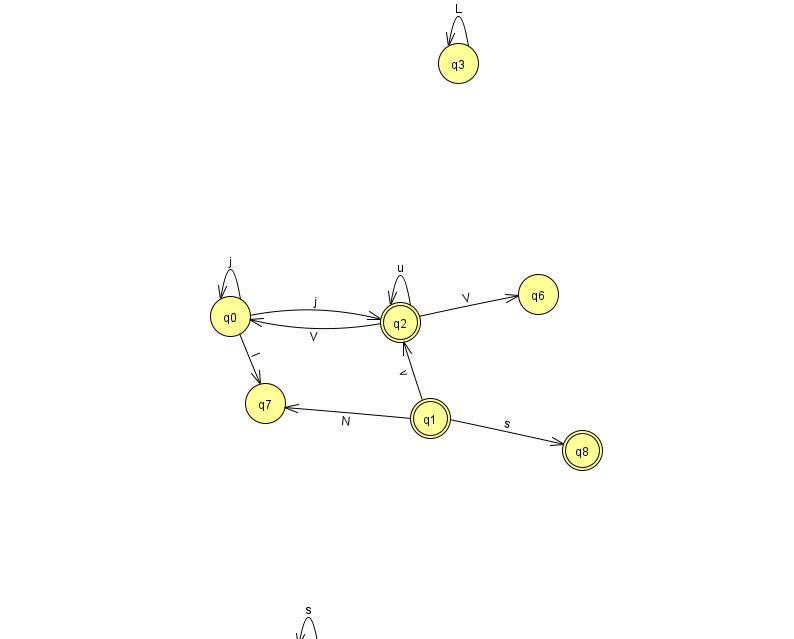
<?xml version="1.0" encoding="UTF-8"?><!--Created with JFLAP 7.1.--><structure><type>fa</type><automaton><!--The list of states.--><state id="0" name="q0"><x>230.0</x><y>303.0</y></state><state id="1" name="q1"><x>430.0</x><y>405.0</y><final/></state><state id="2" name="q2"><x>400.0</x><y>309.0</y><final/></state><state id="3" name="q3"><x>458.0</x><y>50.0</y></state><state id="4" name="q4"><x>308.0</x><y>651.0</y><initial/></state><state id="6" name="q6"><x>538.0</x><y>281.0</y></state><state id="7" name="q7"><x>265.0</x><y>390.0</y></state><state id="8" name="q8"><x>582.0</x><y>437.0</y><final/></state><!--The list of transitions.--><transition><from>1</from><to>7</to><read>N</read></transition><transition><from>4</from><to>4</to><read>s</read></transition><transition><from>0</from><to>7</to><read>l</read></transition><transition><from>1</from><to>8</to><read>s</read></transition><transition><from>2</from><to>2</to><read>u</read></transition><transition><from>0</from><to>2</to><read>j</read></transition><transition><from>0</from><to>0</to><read>j</read></transition><transition><from>2</from><to>0</to><read>V</read></transition><transition><from>2</from><to>6</to><read>V</read></transition><transition><from>3</from><to>3</to><read>L</read></transition><transition><from>1</from><to>2</to><read>v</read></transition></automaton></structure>